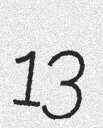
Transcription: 13